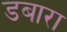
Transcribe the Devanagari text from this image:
डबारा